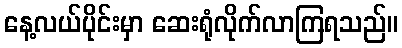
နေ့လယ်ပိုင်းမှာ ဆေးရုံလိုက်လာကြရသည်။